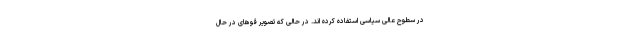
در سطوح عالی سیاسی استفاده کرده اند. در حالی که تصویر قوهای در حال